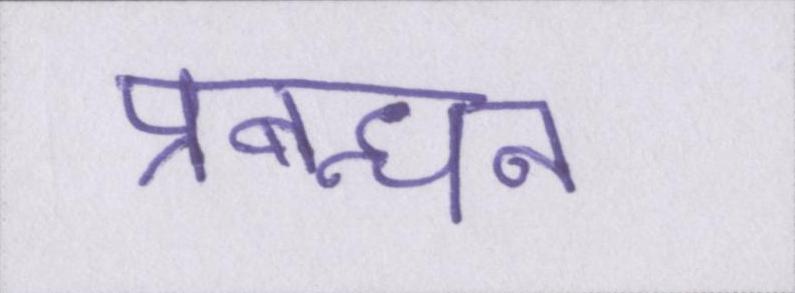
प्रबन्धन